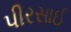
પીરસાઈ